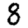
Digit: 8